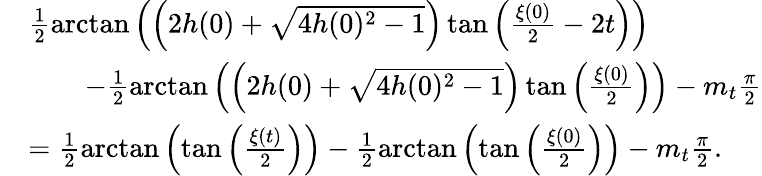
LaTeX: \begin{array}{rl}&{\frac{1}{2}\arctan\left(\left(2h(0)+\sqrt{4h(0)^{2}-1}\right)\tan\left(\frac{\xi(0)}{2}-2t\right)\right)}\\ &{\qquad-\frac{1}{2}\arctan\left(\left(2h(0)+\sqrt{4h(0)^{2}-1}\right)\tan\left(\frac{\xi(0)}{2}\right)\right)-m_{t}\frac{\pi}{2}}\\ &{=\frac{1}{2}\arctan\left(\tan\left(\frac{\xi(t)}{2}\right)\right)-\frac{1}{2}\arctan\left(\tan\left(\frac{\xi(0)}{2}\right)\right)-m_{t}\frac{\pi}{2}.}\end{array}